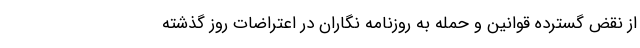
از نقض گسترده قوانین و حمله به روزنامه نگاران در اعتراضات روز گذشته